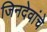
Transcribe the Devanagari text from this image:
जिनदेवांचे